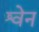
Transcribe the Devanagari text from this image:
श्वेन